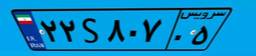
۸۵S۹۶۵۰۷